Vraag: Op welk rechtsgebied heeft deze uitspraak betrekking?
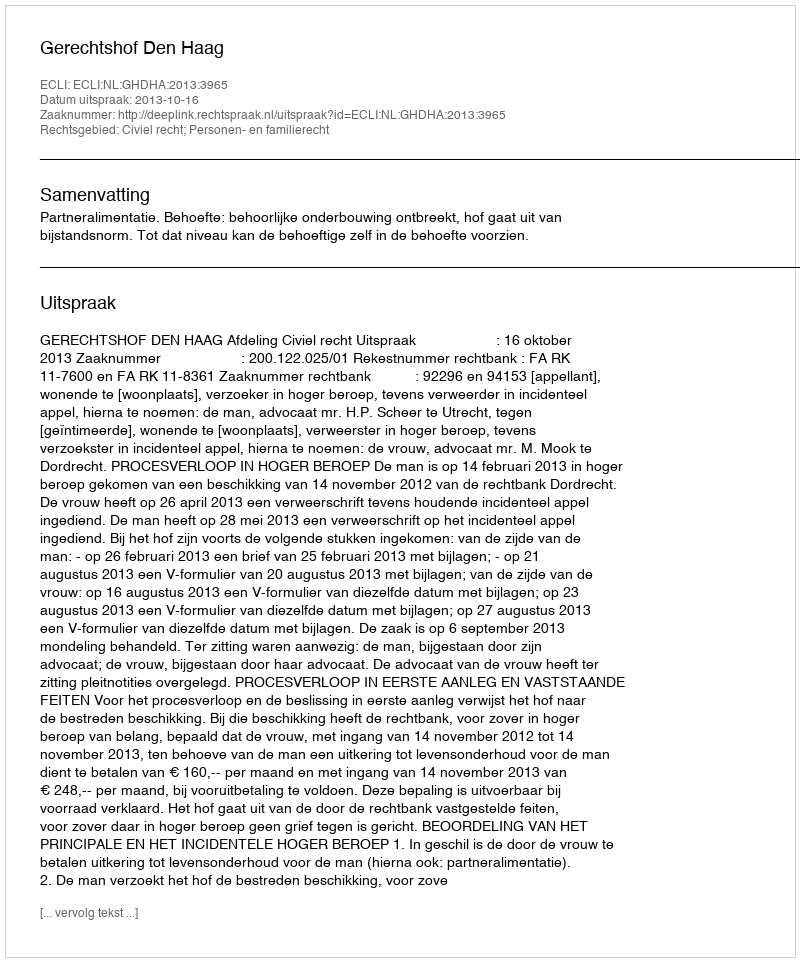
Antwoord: Civiel recht; Personen- en familierecht